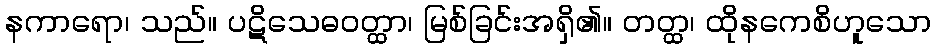
နကာရော၊ သည်။ ပဋိသေဓဝတ္ထာ၊ မြစ်ခြင်းအရှိ၏။ တတ္ထ၊ ထိုနကေစိဟူသော